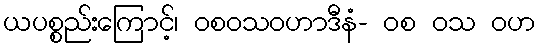
ယပစ္စည်းကြောင့်၊ ဝစဝသဝဟာဒီနံ- ဝစ ဝသ ဝဟ